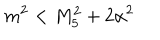
m ^ { 2 } < M _ { 5 } ^ { 2 } + 2 \alpha ^ { 2 }